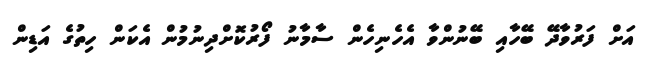
އަށް ފަރުވާދޭ ބޭހާއި ބޭނުންވާ އެހެނިހެން ސާމާނު ފޯރުކޮށްދިނުމުން އެކަން ހިތުގެ އަޑިން